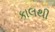
કાલથી